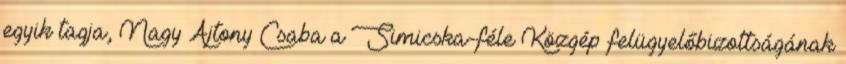
egyik tagja, Nagy Ajtony Csaba a Simicska-féle Közgép felügyelőbizottságának